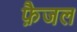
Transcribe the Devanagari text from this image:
फ़ैजल